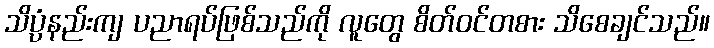
သိပ္ပံနည်းကျ ပညာရပ်ဖြစ်သည်ကို လူတွေ စိတ်ဝင်တစား သိစေချင်သည်။